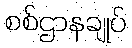
စစ်ဌာနချုပ်